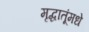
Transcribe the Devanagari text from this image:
मृद्धातूंमधे